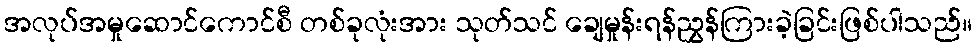
အလုပ်အမှုဆောင်ကောင်စီ တစ်ခုလုံးအား သုတ်သင် ချေမှုန်းရန်ညွှန်ကြားခဲ့ခြင်းဖြစ်ပါသည်။